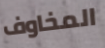
المخاوف